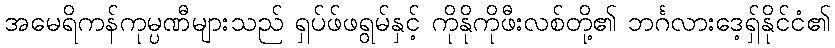
အမေရိကန်ကုမ္ပဏီများသည် ရှပ်ဖ်ဖရွမ်နှင့် ကိုနိုကိုဖီးလစ်တို့၏ ဘင်္ဂလားဒေ့ရှ်နိုင်ငံ၏